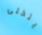
يتخلى